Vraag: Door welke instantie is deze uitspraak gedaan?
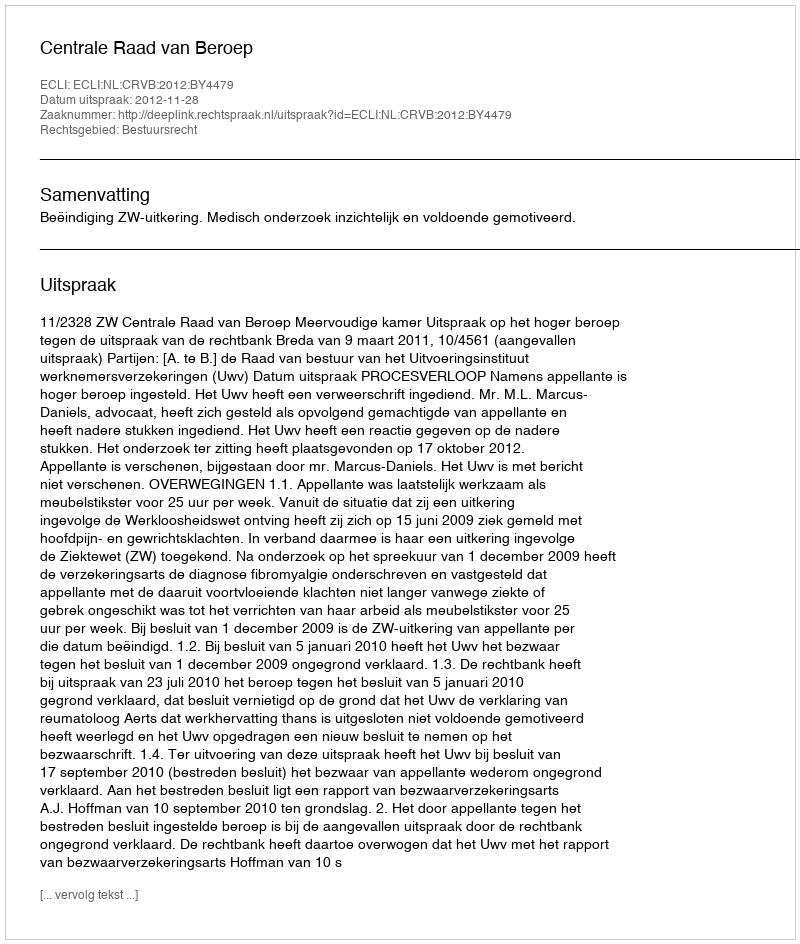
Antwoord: Centrale Raad van Beroep